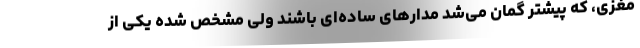
مغزی، که پیشتر گمان می‌شد مدارهای ساده‌ای باشند ولی مشخص شده یکی از